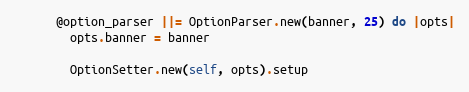
Language: Ruby
      @option_parser ||= OptionParser.new(banner, 25) do |opts|
        opts.banner = banner

        OptionSetter.new(self, opts).setup